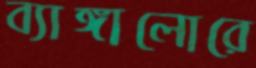
ব্যাঙ্গালোরে